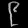
Digit: ၉